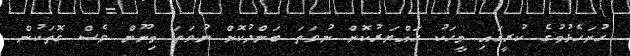
ހުށަހެޅުމުގެ ކުރީގައި މީހަކު ހައްޔަރުކޮށް ނުވަތަ ބަންދުކޮށް ނުވަތަ މިނޫން ވެސް ގޮތަކުން